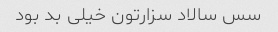
سس سالاد سزارتون خیلی بد بود